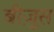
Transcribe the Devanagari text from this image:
बीज़ुस